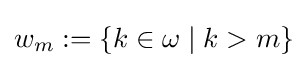
w_{m}:=\{k\in \omega \mid k>m\}